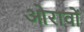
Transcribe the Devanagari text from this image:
ओरावों